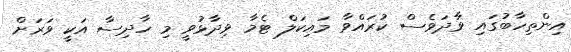
އިންތިހާބުގައި ވާދަވެސް ކުރައްވާ މައިކަލް ޓެމާ ވިދާޅުވީ މި ހާދިސާ އަކީ ވަރަށް